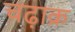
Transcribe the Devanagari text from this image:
चढ़ाक्र